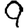
Digit: 9